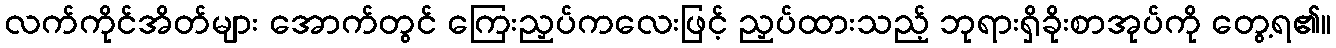
လက်ကိုင်အိတ်များ အောက်တွင် ကြေးညှပ်ကလေးဖြင့် ညှပ်ထားသည့် ဘုရားရှိခိုးစာအုပ်ကို တွေ့ရ၏။